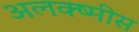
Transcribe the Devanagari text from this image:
अलक्ष्मीस